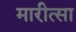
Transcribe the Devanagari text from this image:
मारीत्सा